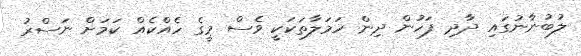
ލުބުނާނުގައި ދާދި ފަހުން ދިން ހަމަލާތަކަކީ ވެސް މީގެ ހެއްކެއް ކަމަށް ނަސްރު